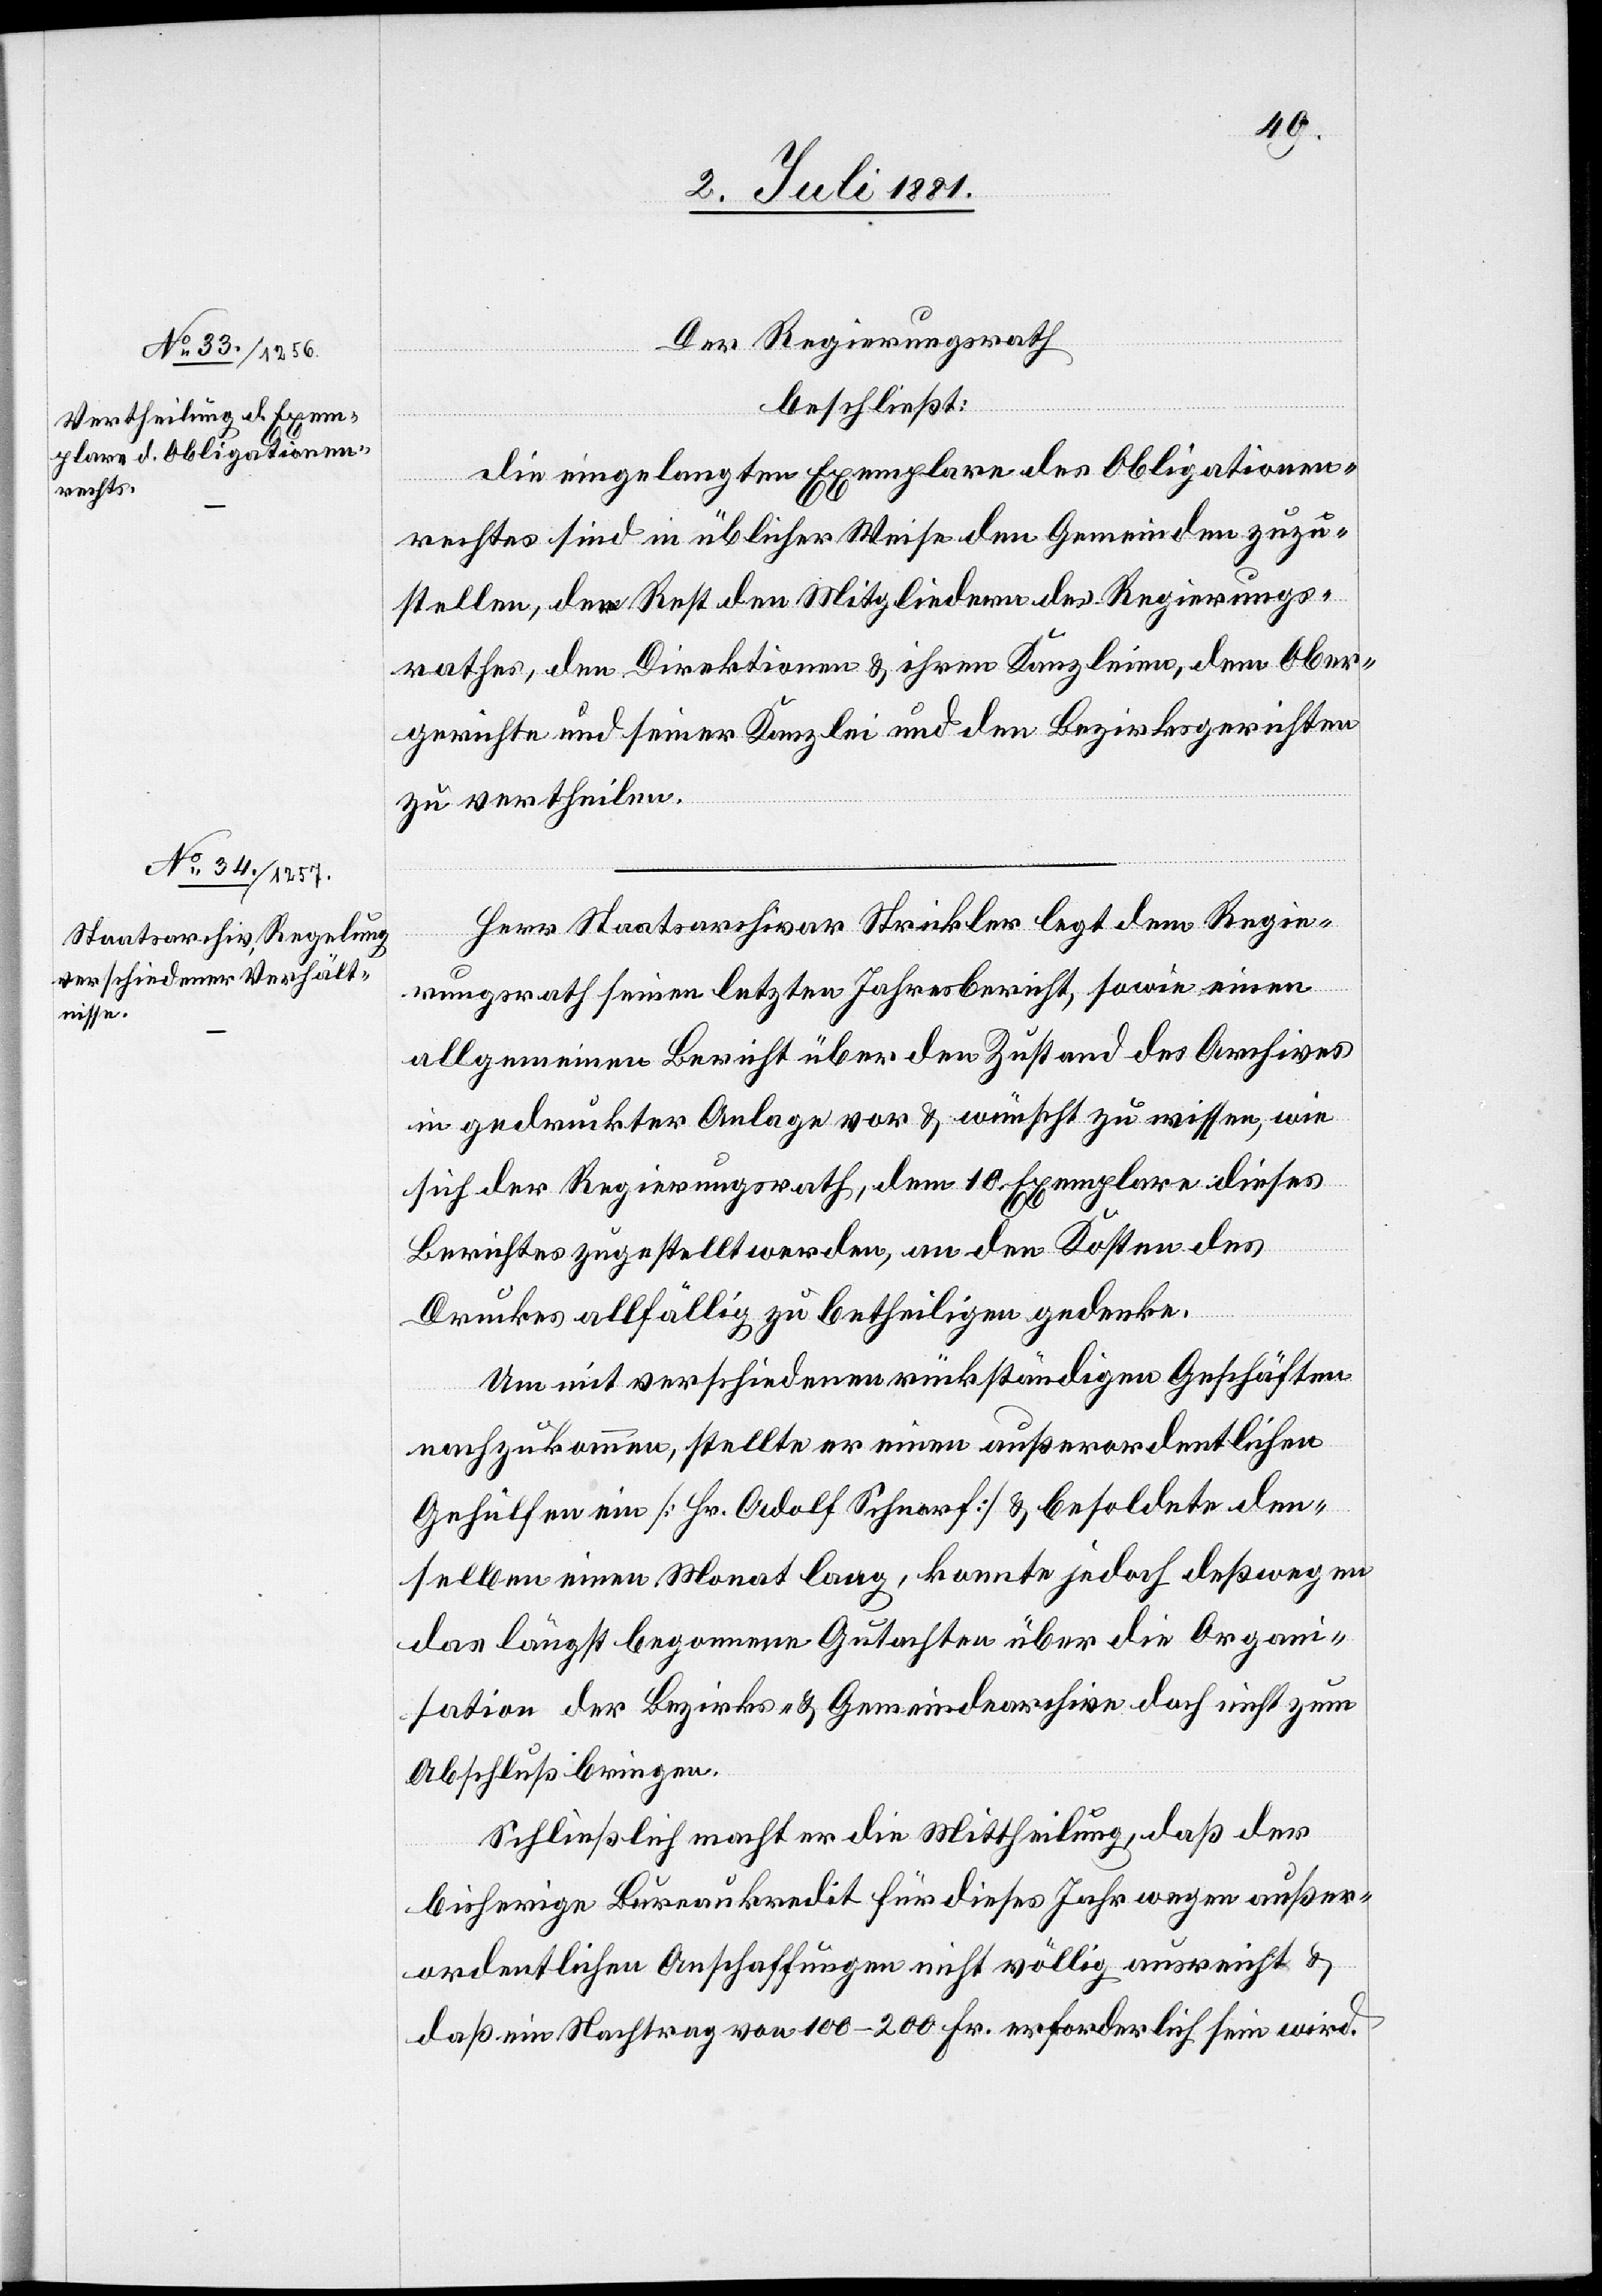
Der Regierungsrath
beschließt:
Die eingelangten Exemplare des Obligationen¬
rechtes sind in üblicher Weise den Gemeinden zuzu¬
stellen, der Rest den Mitgliedern des Regierungs¬
rathes, den Direktionen & ihren Kanzleien, dem Ober¬
gerichte und seiner Kanzlei und den Bezirksgerichten
zu vertheilen.
Herr Staatsarchivar Strickler legt dem Regie¬
rungsrath seinen letzten Jahresbericht, sowie einen
allgemeinen Bericht über den Zustand des Archives
in gedruckter Anlage vor & wünscht zu wissen, wie
sich der Regierungsrath, dem 10. Exemplare dieses
Berichtes zugestellt werden, an den Kosten des
Druckes allfällig zu betheiligen gedenke.
Um mit verschiedenen rückständigen Geschäften
nachzukommen, stellte er einen außerordentlichen
Gehülfen ein [Hr. Adolf Schnorf] & besoldete den¬
selben einen Monat lang, konnte jedoch deßwegen
das längst begonnene Gutachten über die Organi¬
sation der Bezirks- & Gemeindearchive doch nicht zum
Abschluß bringen.
Schließlich macht er die Mittheilung, daß der
bisherige Bureaukredit für dieses Jahr wegen außer¬
ordentlichen Anschaffungen nicht völlig ausreicht &
daß ein Nachtrag von 100–200 Fr. erforderlich sein wird.